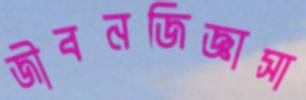
জীবনজিজ্ঞাসা